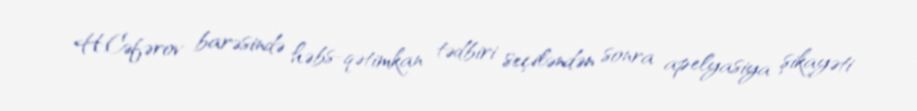
H.Cəfərov barəsində həbs-qətimkan tədbiri seçiləndən sonra apelyasiya şikayəti